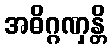
အဓိဂ္ဂဏှန္တိ